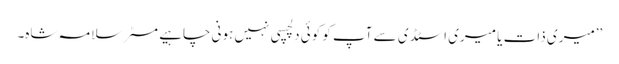
’’میری ذات یا میری اسٹڈی سے آپ کو کوئی دلچسپی نہیں ہونی چاہیے مسٹر سلامہ شاہ۔